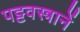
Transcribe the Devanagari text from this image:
पट्टवस्त्रानें